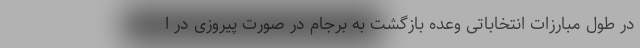
در طول مبارزات انتخاباتی وعده بازگشت به برجام در صورت پیروزی در ا